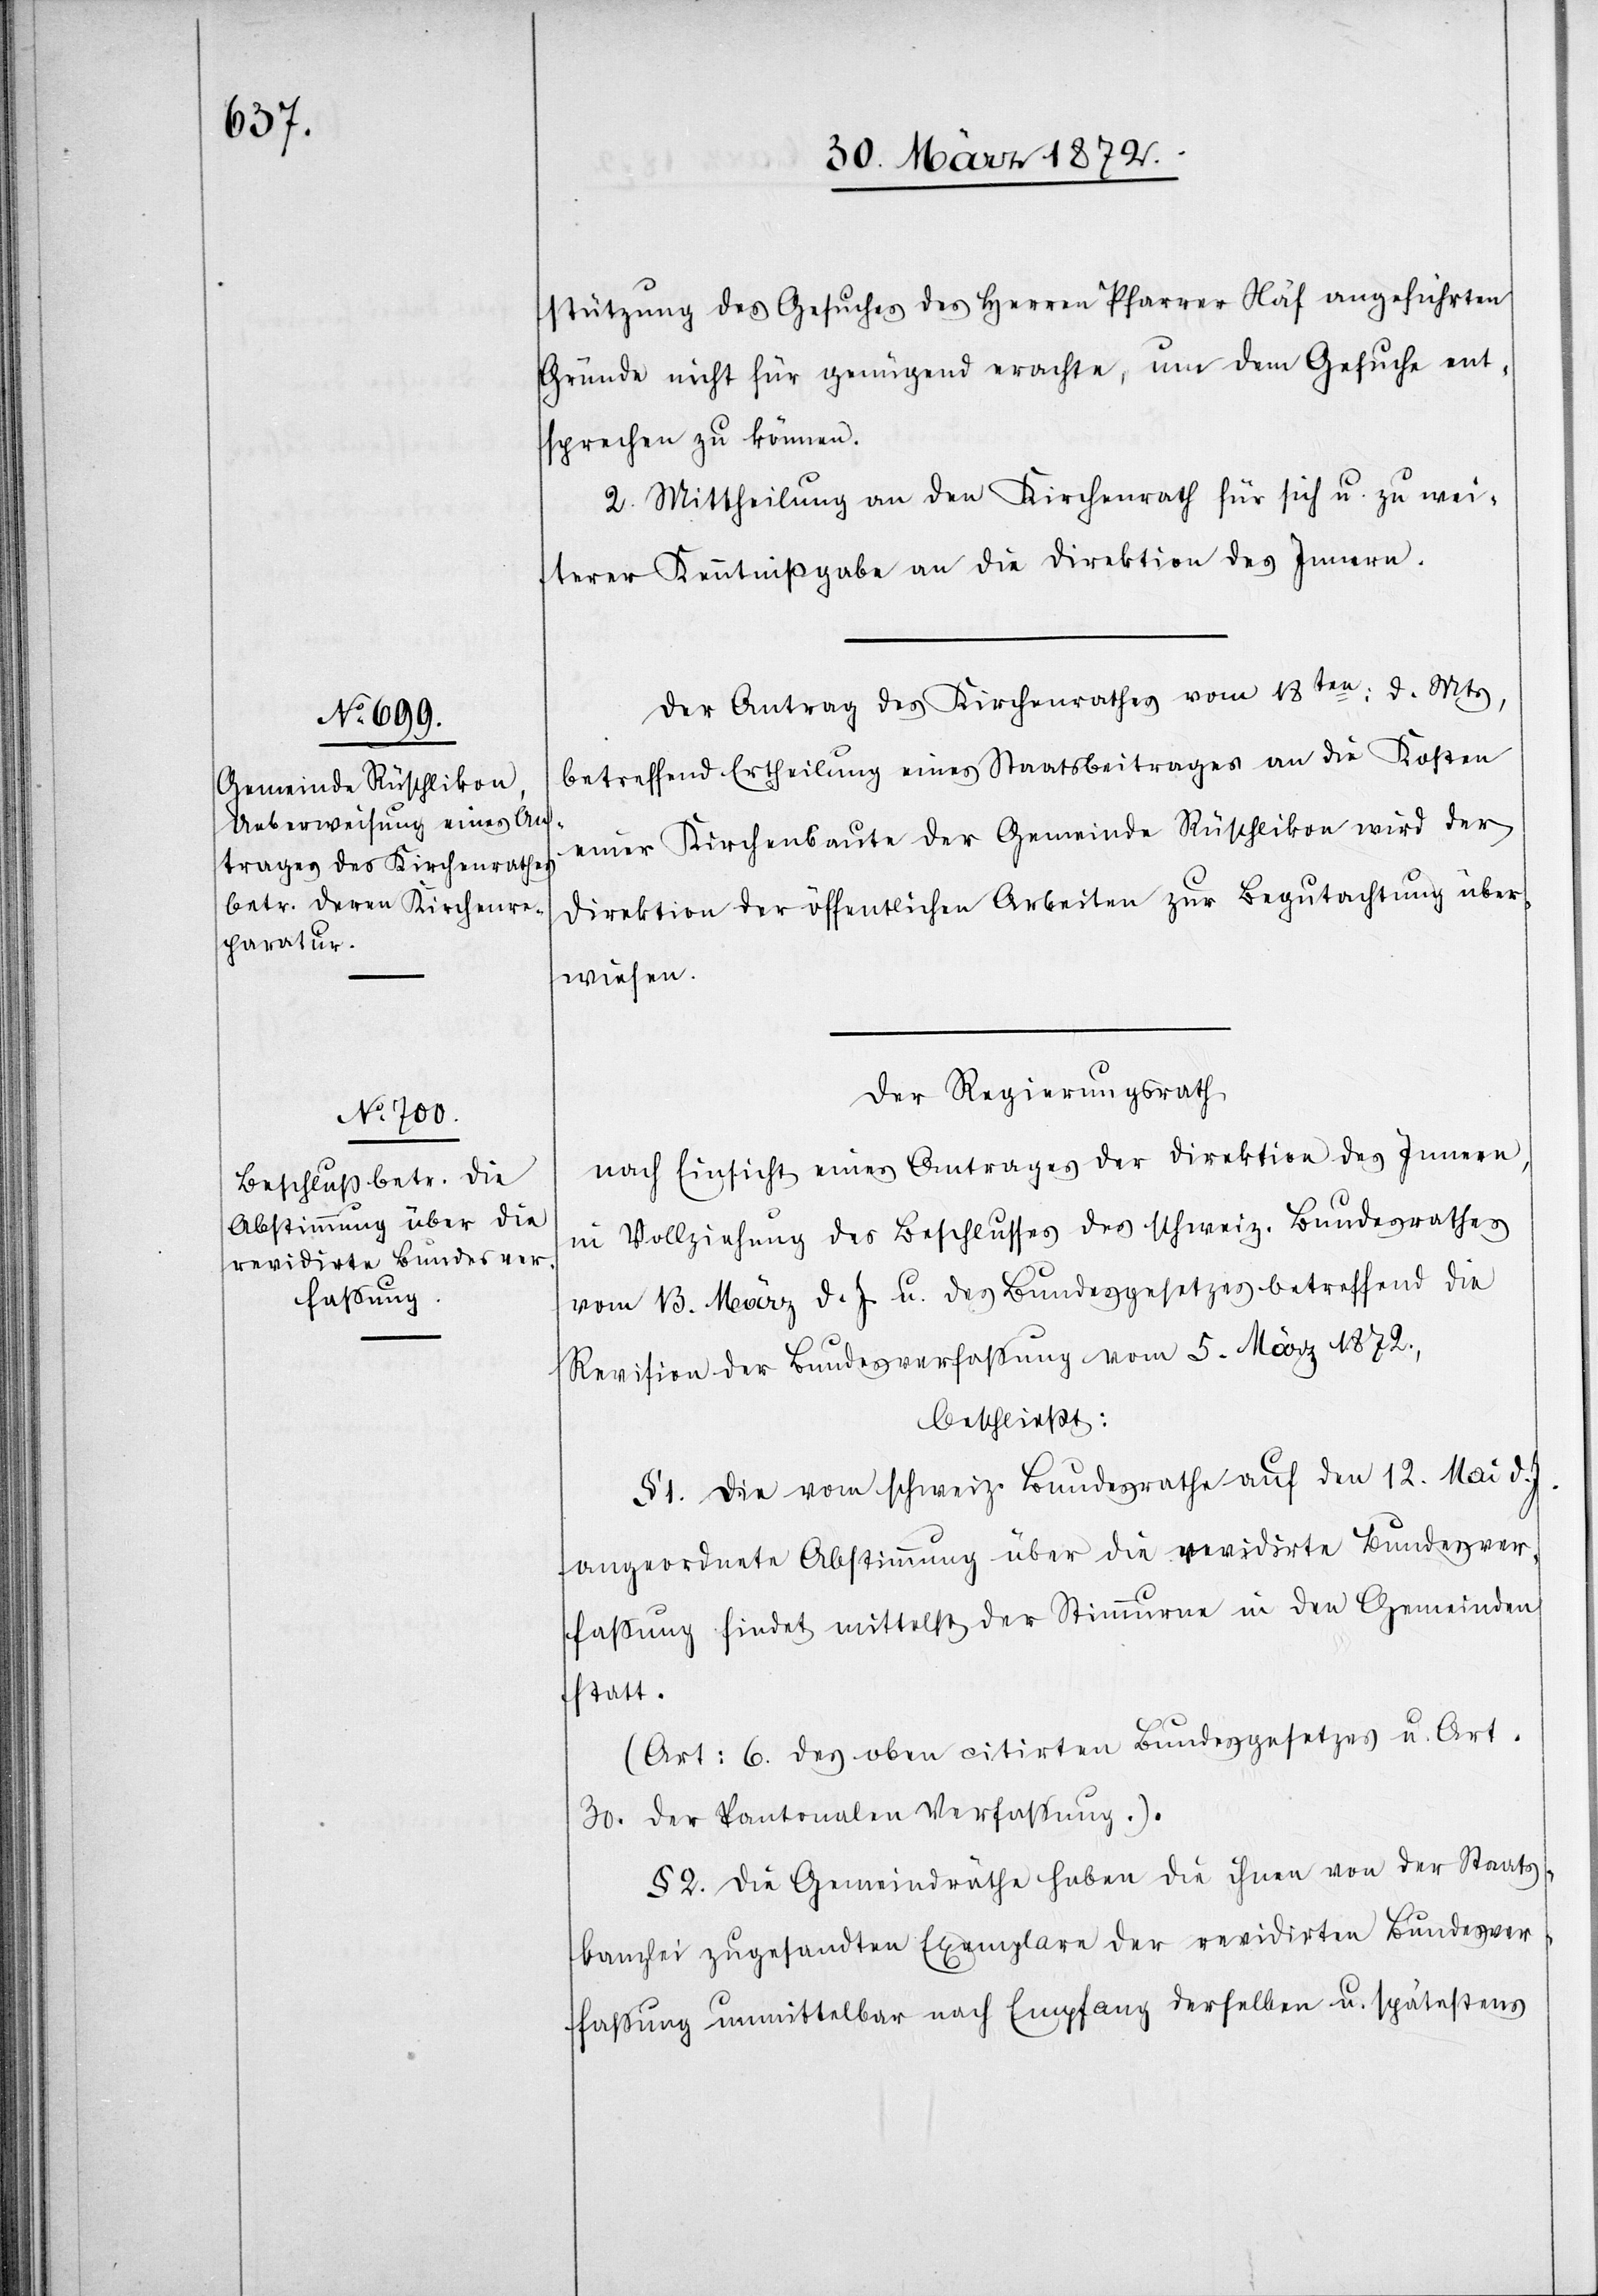
stützung des Gesuches des Herren Pfarrer Näf angeführten
Gründe nicht für genügend erachte, um dem Gesuche ent¬
sprechen zu können.
2. Mittheilung an den Kirchenrath für sich u. zu wei¬
terer Kenntnißgabe an die Direktion des Innern.
Der Antrag des Kirchenrathes vom 18ten: d. Mts,
betreffend Ertheilung eines Staatsbeitrages an die Kosten
einer Kirchenbaute der Gemeinde Rüschlikon wird der
Direktion der öffentlichen Arbeiten zur Begutachtung über¬
wiesen.
Der Regierungsrath
nach Einsicht eines Antrages der Direktion des Innern,
in Vollziehung des Beschlusses des schweiz. Bundesrathes
vom 13. März d. J. u. des Bundesgesetzes betreffend die
Revision der Bundesverfassung vom 5. März 1872.,
beschließt:
§ 1. Die vom schweiz. Bundesrathe auf den 12. Mai d.
angeordnete Abstimmung über die revidirte Bundesver¬
fassung findet mittelst der Stimmurne in den Gemeinden
statt.
(Art: 6. des oben citirten Bundesgesetzes u. Art.
30. der kantonalen Verfassung.).
§ 2. Die Gemeindräthe haben die ihnen von der Staats¬
kanzlei zugesandten Exemplare der revidirten Bundesver¬
fassung unmittelbar nach Empfang derselben u. spätestens